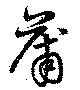
蒲